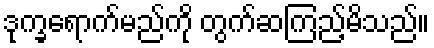
ဒုက္ခရောက်မည်ကို တွက်ဆကြည့်မိသည်။